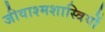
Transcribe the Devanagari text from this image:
जीवाश्मशास्त्रियों